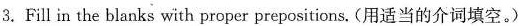
3.Fill in the blanks with proper prepositions. (用适当的介词填空。)